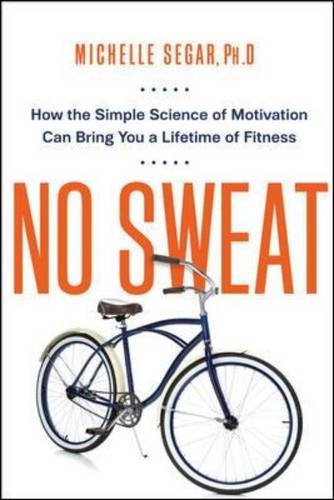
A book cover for No Sweat: How the Simple Science of Motivation Can Bring You a Lifetime of Fitness; Michelle Segar PhD.; Health, Fitness & Dieting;